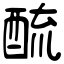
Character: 酼